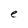
Character: e